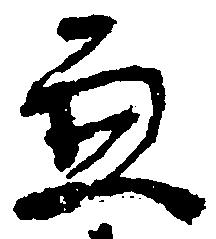
兼